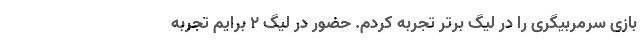
بازی سرمربیگری را در لیگ برتر تجربه کردم. حضور در لیگ 2 برایم تجربه